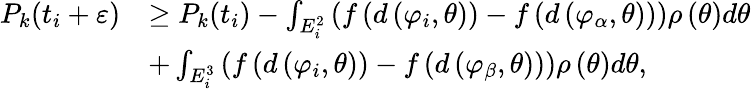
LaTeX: \begin{array}{rl}{P_{k}(t_{i}+\varepsilon)}&{\ge P_{k}(t_{i})-\int_{E_{i}^{2}}{\left({f\left({d\left({{\varphi_{i}},\theta}\right)}\right)-f\left({d\left({{\varphi_{\alpha}},\theta}\right)}\right)}\right)\rho\left(\theta\right)d\theta}}\\ &{+\int_{E_{i}^{3}}{\left({f\left({d\left({{\varphi_{i}},\theta}\right)}\right)-f\left({d\left({{\varphi_{\beta}},\theta}\right)}\right)}\right)\rho\left(\theta\right)d\theta},}\end{array}